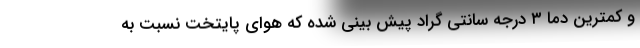
و کمترین دما ۳ درجه سانتی گراد پیش بینی شده که هوای پایتخت نسبت به